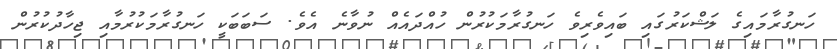
ހަނގުރާމައިގެ ލަޝްކަރުގައި ބައިވެރިވެ ހަނގުރާމަކުރުން ހުއްދައެއް ނުވާނެ އެވެ. ސަބަބަކީ ހަނގުރާމަކުރުމާއި ޖިހާދުކުރުން